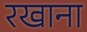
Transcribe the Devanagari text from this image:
रखाना